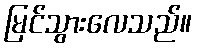
မြင်သွားလေသည်။